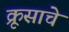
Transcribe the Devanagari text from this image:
क्रूसाचे